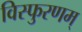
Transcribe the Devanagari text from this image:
विस्फुरणम्